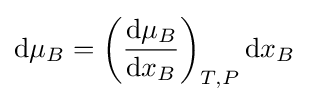
\mathrm {d} \mu _{B}=\left({\frac {\mathrm {d} \mu _{B}}{\mathrm {d} x_{B}}}\right)_{T,P}\mathrm {d} x_{B}